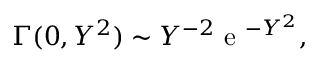
\Gamma ( 0 , Y ^ { 2 } ) \sim Y ^ { - 2 } \textrm { e } ^ { - Y ^ { 2 } } ,